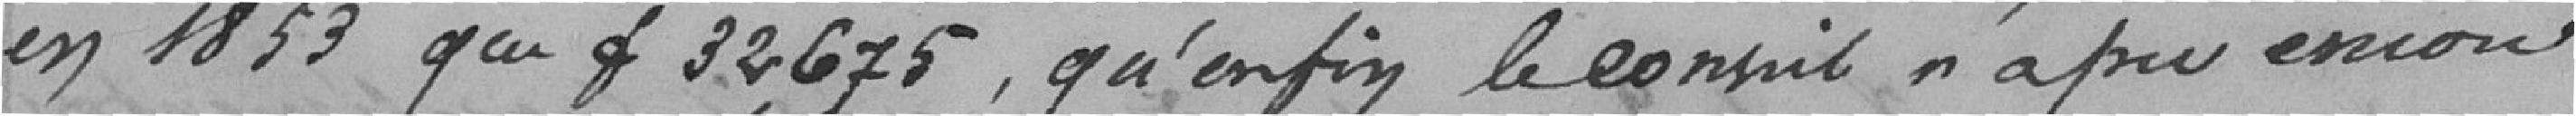
en 1853 que 32 675 francs, qu'enfin le conseil n'a pu encore